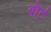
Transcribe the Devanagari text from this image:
बोर्ट